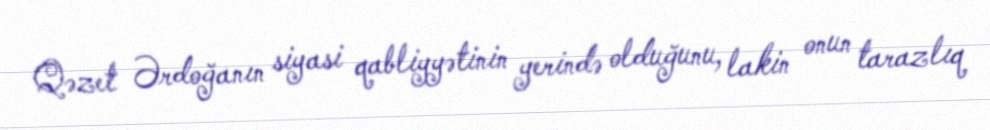
Qəzet Ərdoğanın siyasi qabliyyətinin yerində olduğunu, lakin onun tarazlıq